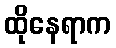
ထိုနေရာက